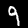
Digit: 9